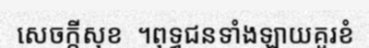
សេចក្តីសុខ  ។ពុទ្ធជនទាំងឡាយគួរខំ